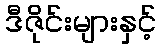
ဒီဇိုင်းများနှင့်